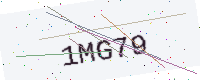
Text: 1MG79